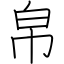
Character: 帛